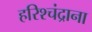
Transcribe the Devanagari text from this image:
हरिश्चंद्राना